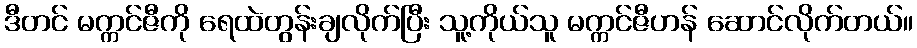
ဒီတင် မက္ကင်ဇီကို ရေထဲတွန်းချလိုက်ပြီး သူ့ကိုယ်သူ မက္ကင်ဇီဟန် ဆောင်လိုက်တယ်။